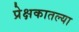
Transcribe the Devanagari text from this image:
प्रेक्षकातल्या